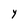
Character: Y